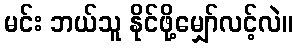
မင်း ဘယ်သူ နိုင်ဖို့မျှော်လင့်လဲ။